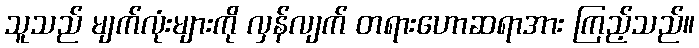
သူသည် မျက်လုံးများကို လှန်လျက် တရားဟောဆရာအား ကြည့်သည်။